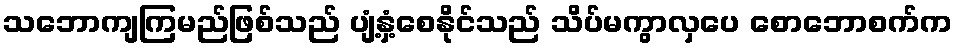
သဘောကျကြမည်ဖြစ်သည် ပျံ့နှံ့စေနိုင်သည် သိပ်မကွာလှပေ စောဘောစက်က